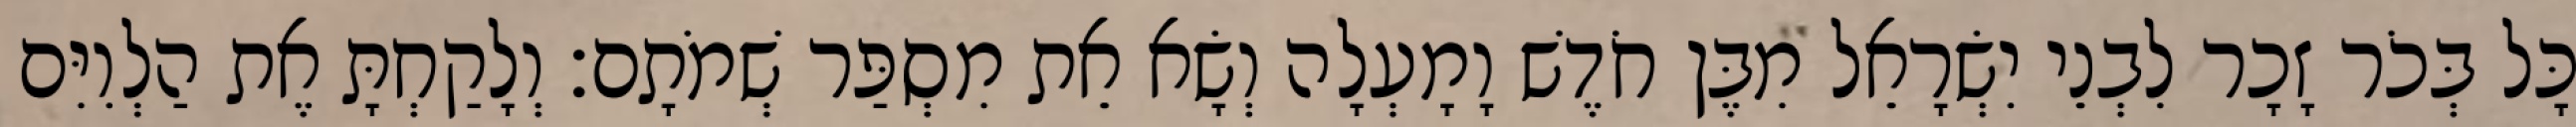
כָּל בְּכֹר זָכָר לִבְנֵי יִשְׂרָאֵל מִבֶּן חֹדֶשׁ וָמָעְלָה וְשָׂא אֵת מִסְפַּר שְׁמֹתָם׃ וְלָקַחְתָּ אֶת הַלְוִיִּם